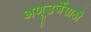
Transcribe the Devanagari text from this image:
अणूउर्जेसाठी